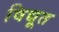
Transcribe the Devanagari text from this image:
विद्यूत